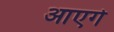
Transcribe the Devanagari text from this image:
आएगे